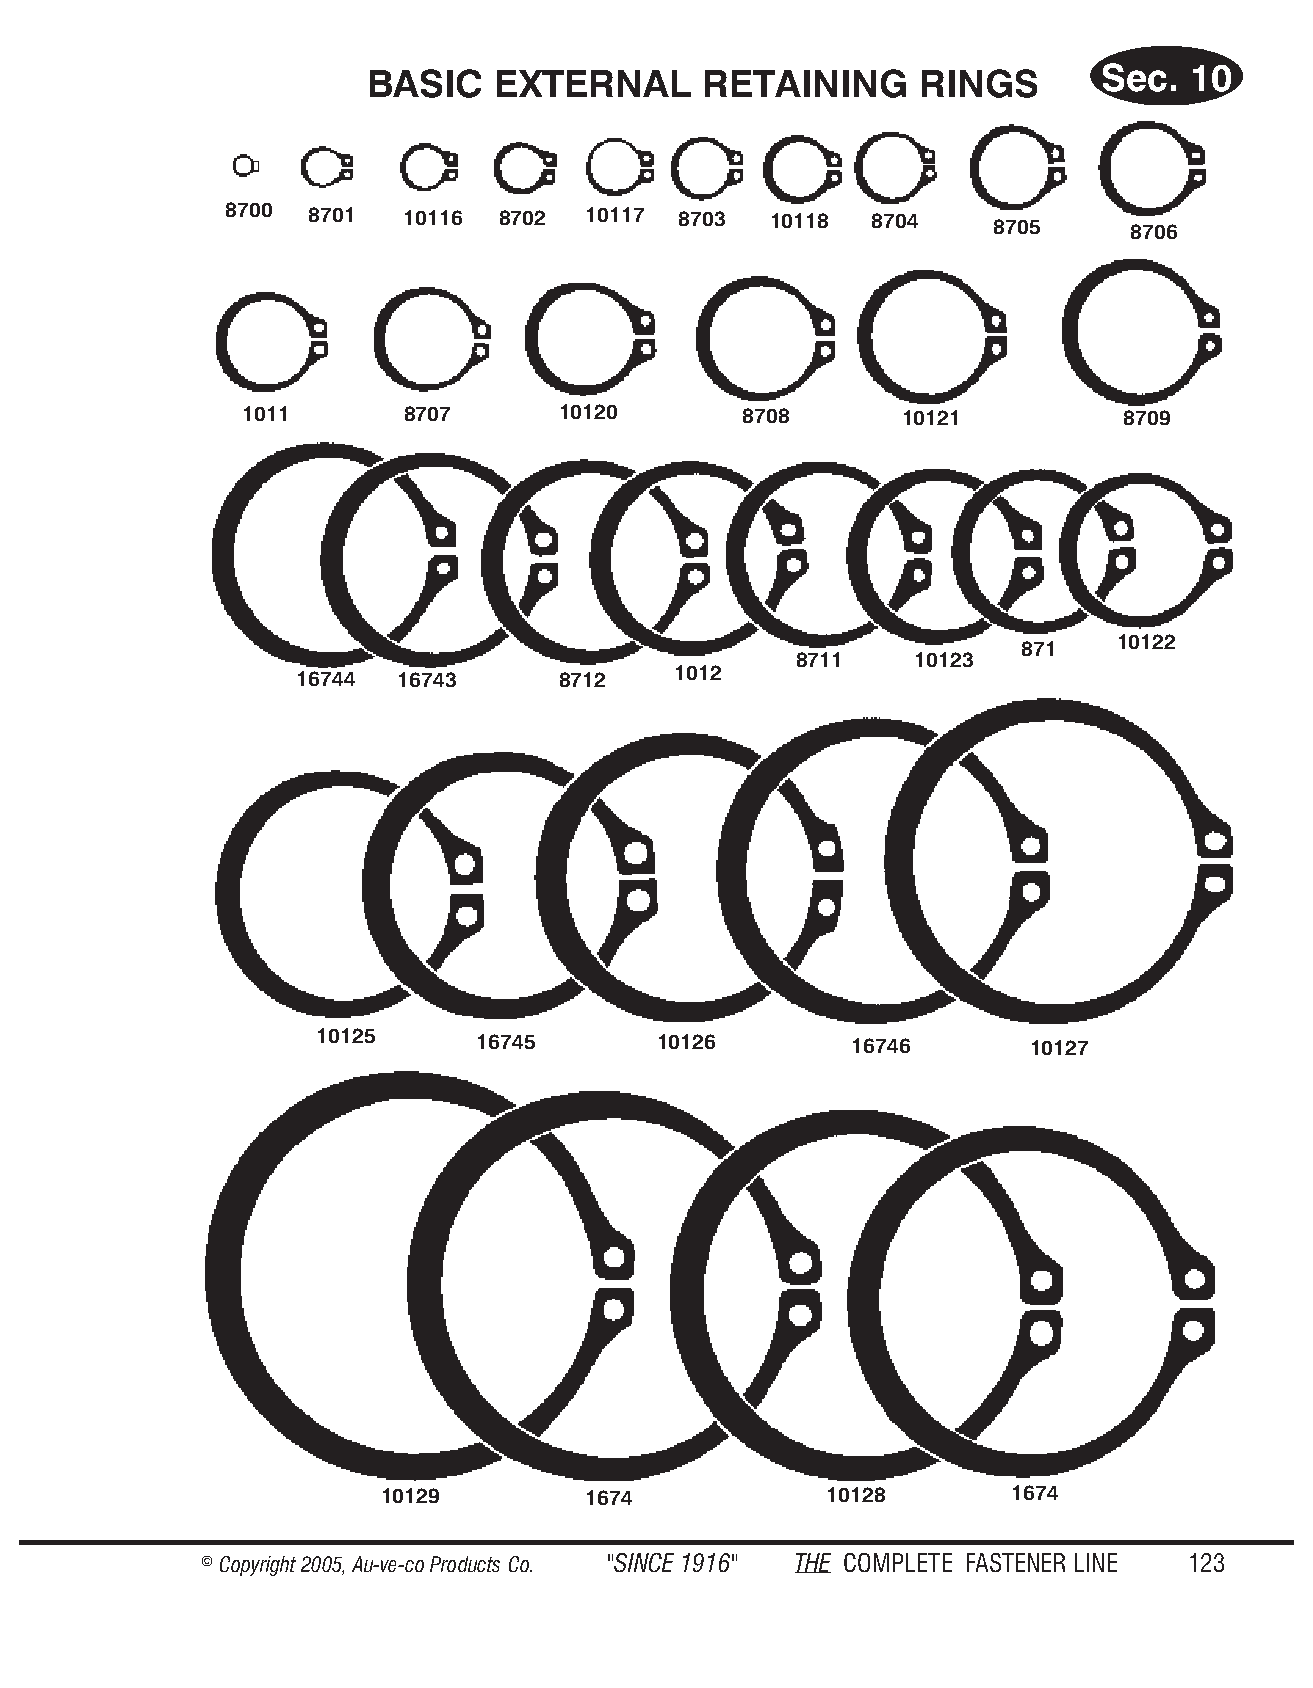
Sec.1                        Sec.  10
 BASIC   EXTERNAL      RETAINING     RINGS
 8700  8701  10116 8702  10117 8703  10118  8704    8705     8706
 1011       8707      10120       8708       10121          8709
 10122
 871
 8711    10123
 16744  16743     8712    1012
 10125      16745       10126        16746      10127
 10129         1674            10128       1674
 © Copyr ight 2005, Au-ve-co Produ cts Co. "SINCE 1916" THE COM PLETE FAST ENER LINE 123